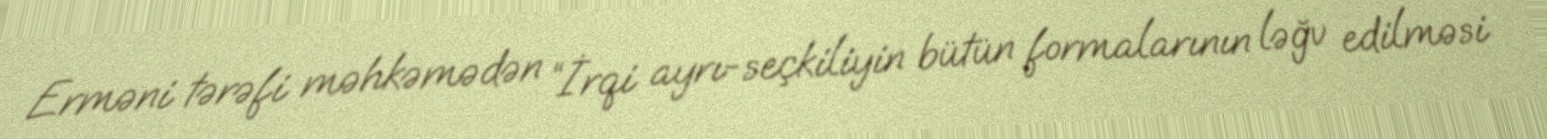
Erməni tərəfi məhkəmədən “İrqi ayrı-seçkiliyin bütün formalarının ləğv edilməsi